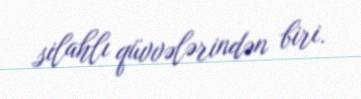
silahlı qüvvələrindən biri.